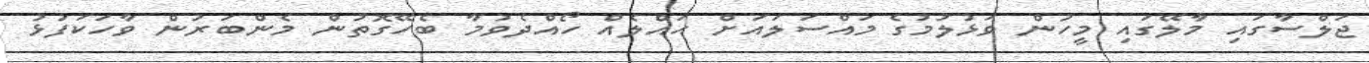
ޖަލްސާގައި މާލޭގައި މީހުން ވަޅުލުމުގެ މައްސަލައަށް ޙައްލެއް ހޯއްދެވުމާ ބެހޭގޮތުން މެންބަރުން ވާހަކަފުޅު